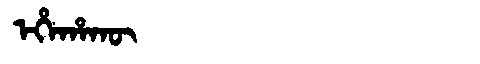
Manchu: ᡝᡥᡝᡥᠠᡴᡡ
Romanization: EHEHAKŪ